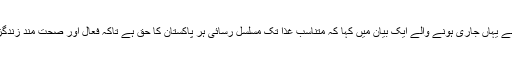
شاہد رشید بٹ نے یہاں جاری ہونے والے ایک بیان میں کہا کہ متناسب غذا تک مسلسل رسائی ہر پاکستان کا حق ہے تاکہ فعال اور صحت مند زندگزاری جا سکے۔